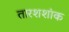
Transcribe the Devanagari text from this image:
तारशशांक